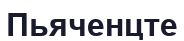
Пьяченцте